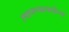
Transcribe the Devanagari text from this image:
स्थापण्यासाठीच्या